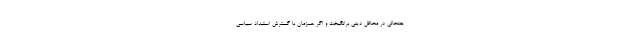
جنجالی در محافل دینی برانگیخت و اگر همزمان با گسترش استبداد سیاسی